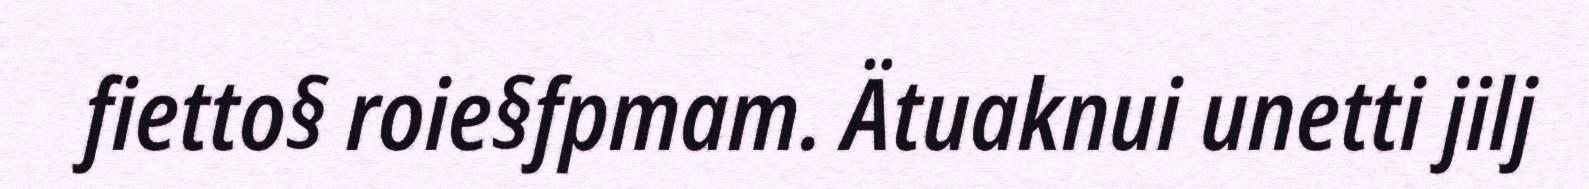
fietto§ roie§fpmam. Ätuaknui unetti jilj